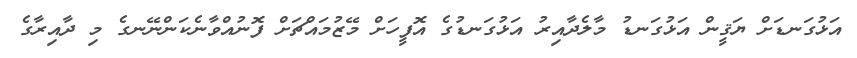
އަޅުގަނޑަށް ޔަޤީން އަޅުގަނޑު މާލެދާއިރު އަޅުގަނޑުގެ އޮފީހަށް މޭޒުމައްޗަށް ފޮނުއްވާނެކަންނޭނގެ މި ދާއިރާގެ